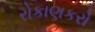
રોકાણકરો